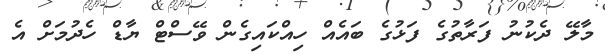
މާލޭ ދެކުނު ފަރާތުގެ ފަޅުގެ ބައެއް ހިއްކައިގެން ވޭސްޓް ޔާޑް ހެދުމަށް އެ